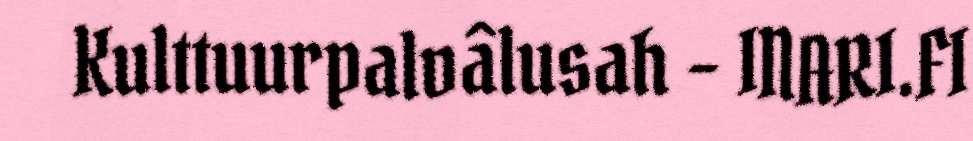
Kulttuurpalvâlusah - INARI.FI